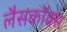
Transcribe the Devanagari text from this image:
लैसकॉक्स